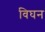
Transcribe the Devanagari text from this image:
विघन